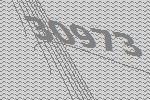
30973